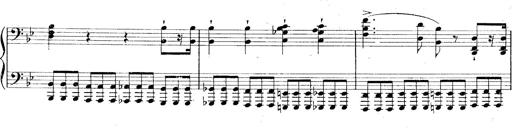
Title: La Marseillaise
Composer: Franz Liszt
Key: B-flat major